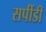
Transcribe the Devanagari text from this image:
सपींडी